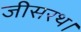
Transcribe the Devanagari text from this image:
जीसरथ।